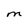
Character: M